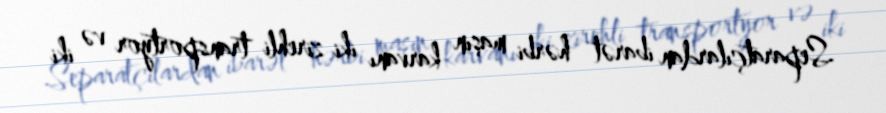
Separatçılardan ibarət hərbi maşın karvanı iki zirehli transportyor və iki